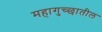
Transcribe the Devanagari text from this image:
महागुच्छातील